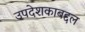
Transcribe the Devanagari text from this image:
उपदेशकाबद्दल